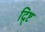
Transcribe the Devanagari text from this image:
द्र्ष्टि